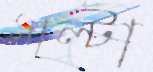
মাল্টা